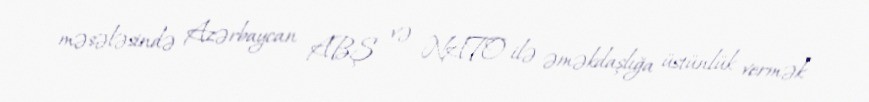
məsələsində Azərbaycan ABŞ və NATO ilə əməkdaşlığa üstünlük vermək